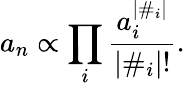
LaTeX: a_{n}\propto\prod_{i}\frac{a_{i}^{|\# _{i}|}}{|\# _{i}|!}.